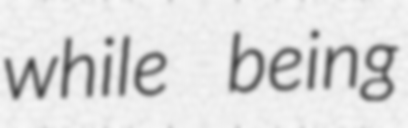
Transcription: while being